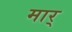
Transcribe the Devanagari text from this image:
मार्